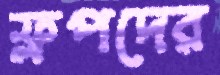
ফ্লপদের